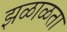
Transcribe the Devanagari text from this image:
झळाळता